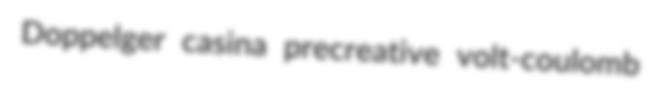
Doppelger casina precreative volt-coulomb